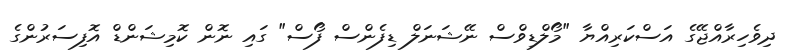
ދިވެހިރާއްޖޭގެ އަސްކަރިއްޔާ "މޯލްޑިވްސް ނޭޝަނަލް ޑިފެންސް ފޯސް" ގައި ނޮން ކޮމިޝަންޑް އޮފިސަރުންގެ